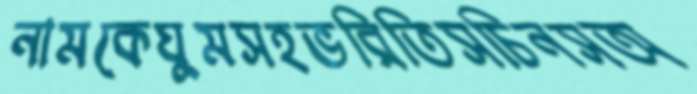
নামকেঘুমসহভরিতিসচিনসঅ